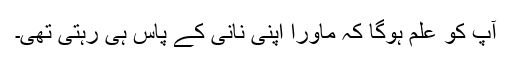
آپ کو علم ہوگا کہ ماورا اپنی نانی کے پاس ہی رہتی تھی۔